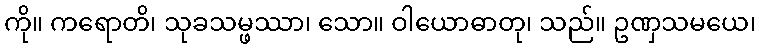
ကို။ ကရောတိ၊ သုခသမ္ဖဿာ၊ သော။ ဝါယောဓာတု၊ သည်။ ဥဏှသမယေ၊